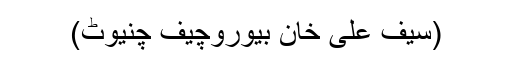
(سیف علی خان بیوروچیف چنیوٹ)